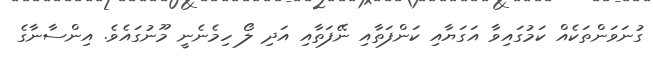
ގުނަވަންތަކެއް ކަމުގައިވާ އަގަޔާއި ކަންފަތާއި ނޭފަތާއި އަދި ލޯ ހިމެނެނީ މޫނުގައެވެ. އިންސާނާގެ